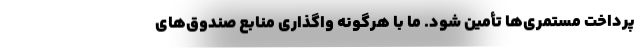
پرداخت مستمری‌ها تأمین شود. ما با هرگونه واگذاری منابع صندوق‌های